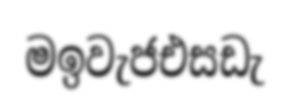
මඉවැජඑසඩැ